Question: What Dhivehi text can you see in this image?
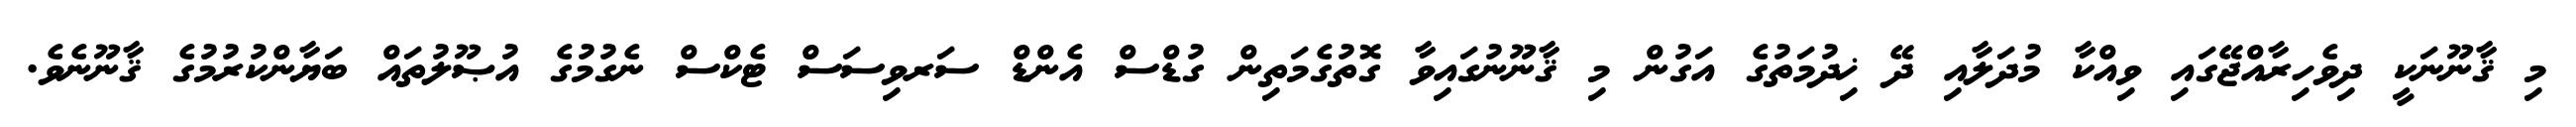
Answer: މި ޤާނޫނަކީ ދިވެހިރާއްޖޭގައި ވިއްކާ މުދަލާއި ދޭ ޚިދުމަތުގެ އަގުން މި ޤާނޫނުގައިވާ ގޮތުގެމަތިން ގުޑްސް އެންޑް ސަރވިސަސް ޓެކްސް ނެގުމުގެ އުޞޫލުތައް ބަޔާންކުރުމުގެ ޤާނޫނެވެ.